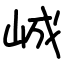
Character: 峸